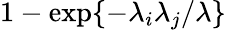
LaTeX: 1-\exp\{ -\lambda_{i}\lambda_{j}/\lambda\}